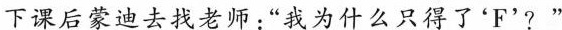
下课后蒙迪去找老师：”我为什么只得了'F'?”